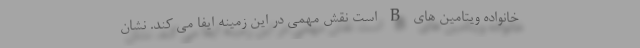
خانواده ویتامین های B است نقش مهمی در این زمینه ایفا می کند. نشان